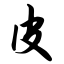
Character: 皮